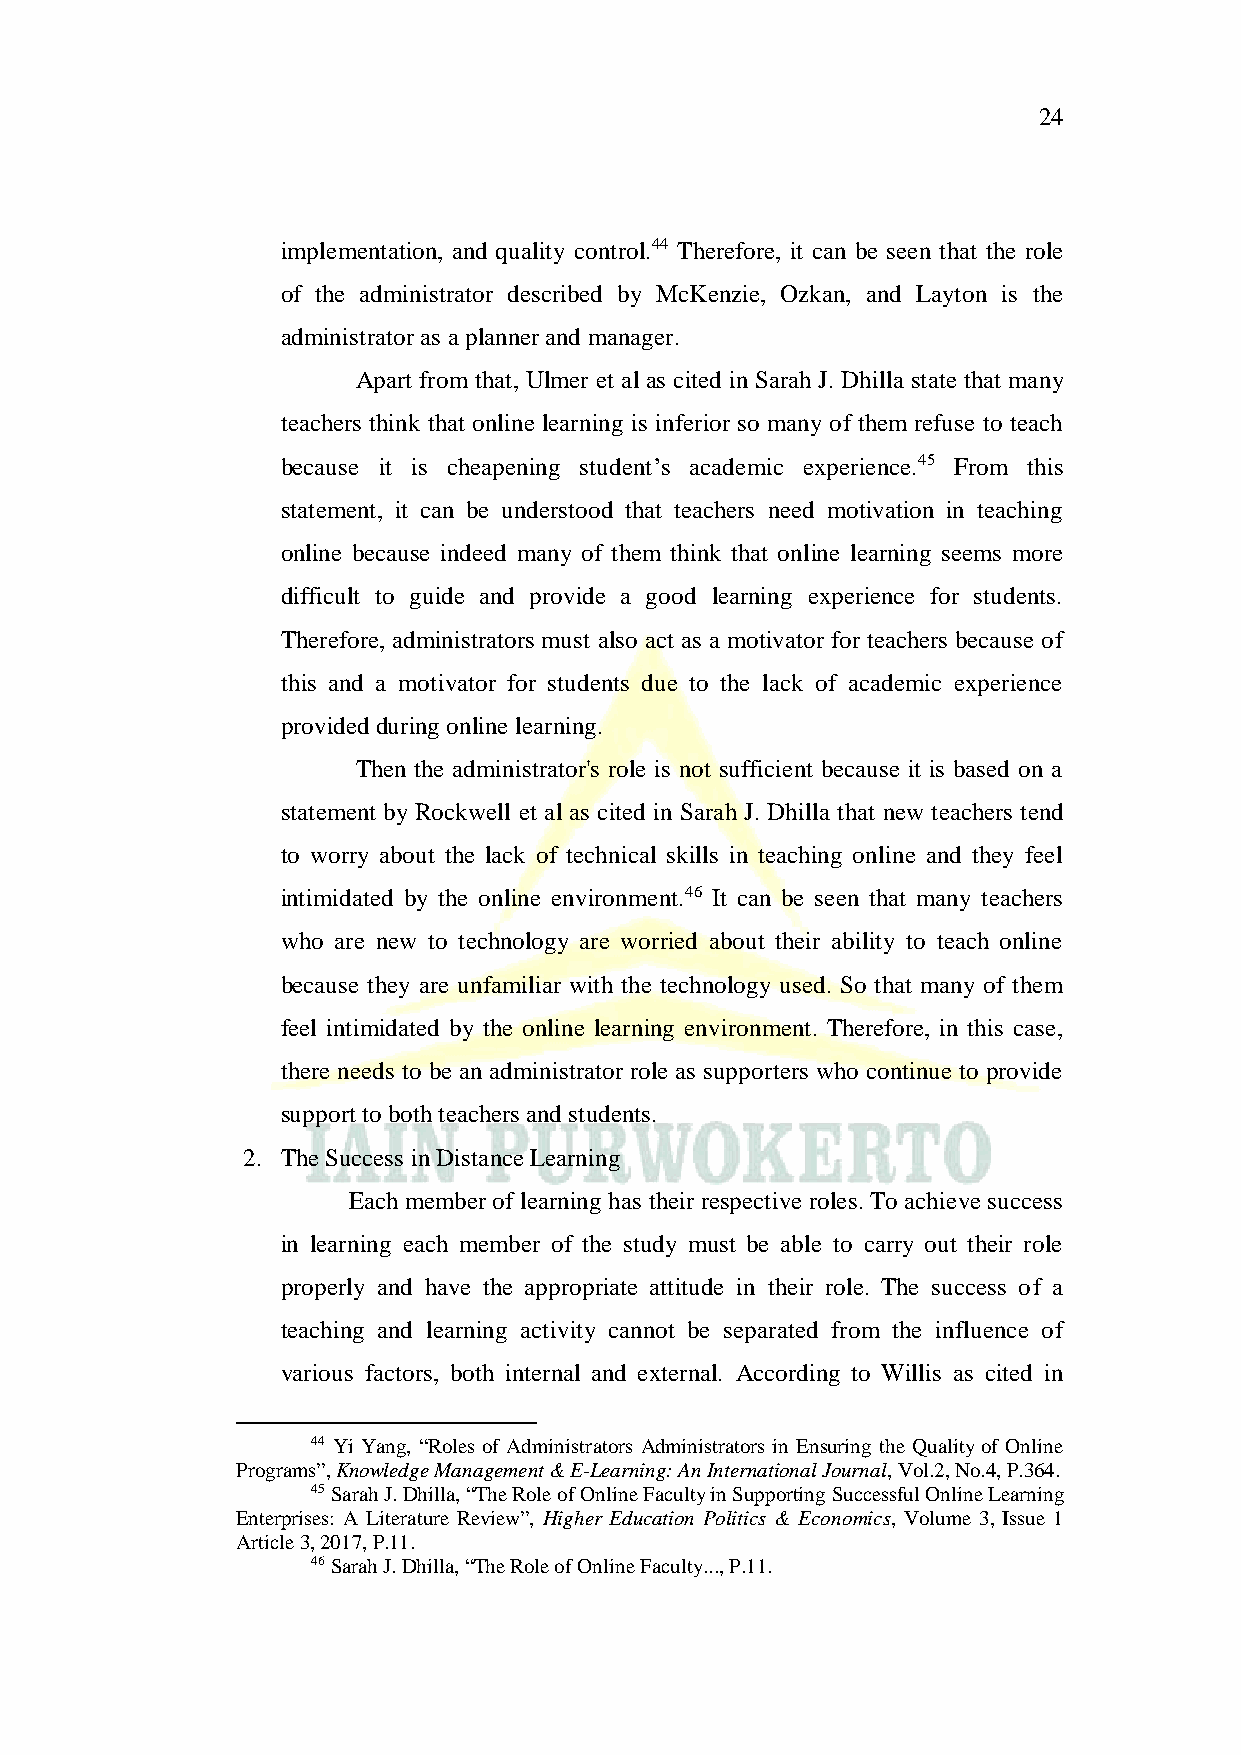
24
 implementation, and quality control.44 Therefore, it can be seen that the role
 of the administrator described by McKenzie, Ozkan, and Layton is the
 administrator as a planner and manager.
 Apart from that, Ulmer et al as cited in Sarah J. Dhilla state that many
 teachers think that online learning is inferior so many of them refuse to teach
 because it is cheapening student’s academic experience.45 From this
 statement, it can be understood that teachers need motivation in teaching
 online because indeed many of them think that online learning seems more
 difficult to guide and provide a good learning experience for students.
 Therefore, administrators must also act as a motivator for teachers because of
 this and a motivator for students due to the lack of academic experience
 provided during online learning.
 Then the administrator's role is not sufficient because it is based on a
 statement by Rockwell et al as cited in Sarah J. Dhilla that new teachers tend
 to worry about the lack of technical skills in teaching online and they feel
 intimidated by the online environment.46 It can be seen that many teachers
 who are new to technology are worried about their ability to teach online
 because they are unfamiliar with the technology used. So that many of them
 feel intimidated by the online learning environment. Therefore, in this case,
 there needs to be an administrator role as supporters who continue to provide
 support to both teachers and students.
 2. The Success in Distance Learning
 Each member of learning has their respective roles. To achieve success
 in learning each member of the study must be able to carry out their role
 properly and have the appropriate attitude in their role. The success of a
 teaching and learning activity cannot be separated from the influence of
 various factors, both internal and external. According to Willis as cited in
 44 Yi Yang, “Roles of Administrators Administrators in Ensuring the Quality of Online
 Programs”, Knowledge Management & E-Learning: An International Journal, Vol.2, No.4, P.364.
 45 Sarah J. Dhilla, “The Role of Online Faculty in Supporting Successful Online Learning
 Enterprises: A Literature Review”, Higher Education Politics & Economics, Volume 3, Issue 1
 Article 3, 2017, P.11.
 46 Sarah J. Dhilla, “The Role of Online Faculty..., P.11.